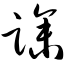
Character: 躁